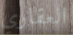
العقاري